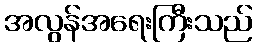
အလွန်အရေးကြီးသည်